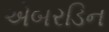
એબરડિન